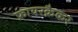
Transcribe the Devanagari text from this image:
फ़ायरक्रैकर